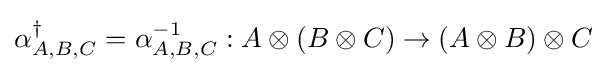
\alpha _{A,B,C}^{\dagger }=\alpha _{A,B,C}^{-1}:A\otimes (B\otimes C)\rightarrow (A\otimes B)\otimes C